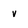
Character: v